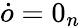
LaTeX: \dot{o}=0_{n}